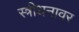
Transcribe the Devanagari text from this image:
स्त्रीधनावर